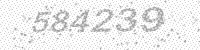
Solution: 584239